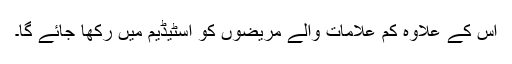
اس کے علاوہ کم علامات والے مریضوں کو اسٹیڈیم میں رکھا جائے گا۔